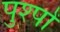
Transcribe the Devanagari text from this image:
पुश्पों